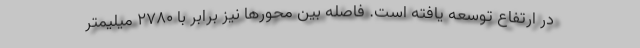
در ارتفاع توسعه یافته است. فاصله بین محورها نیز برابر با 2780 میلیمتر